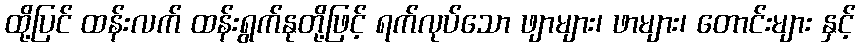
ထို့ပြင် ထန်းလက် ထန်းရွက်နုတို့ဖြင့် ရက်လုပ်သော ဖျာများ၊ ဖာများ၊ တောင်းများ နှင့်